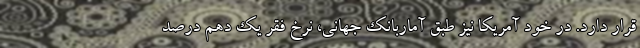
قرار دارد. در خود آمریکا نيز طبق آماربانك جهاني، نرخ فقر یک دهم درصد